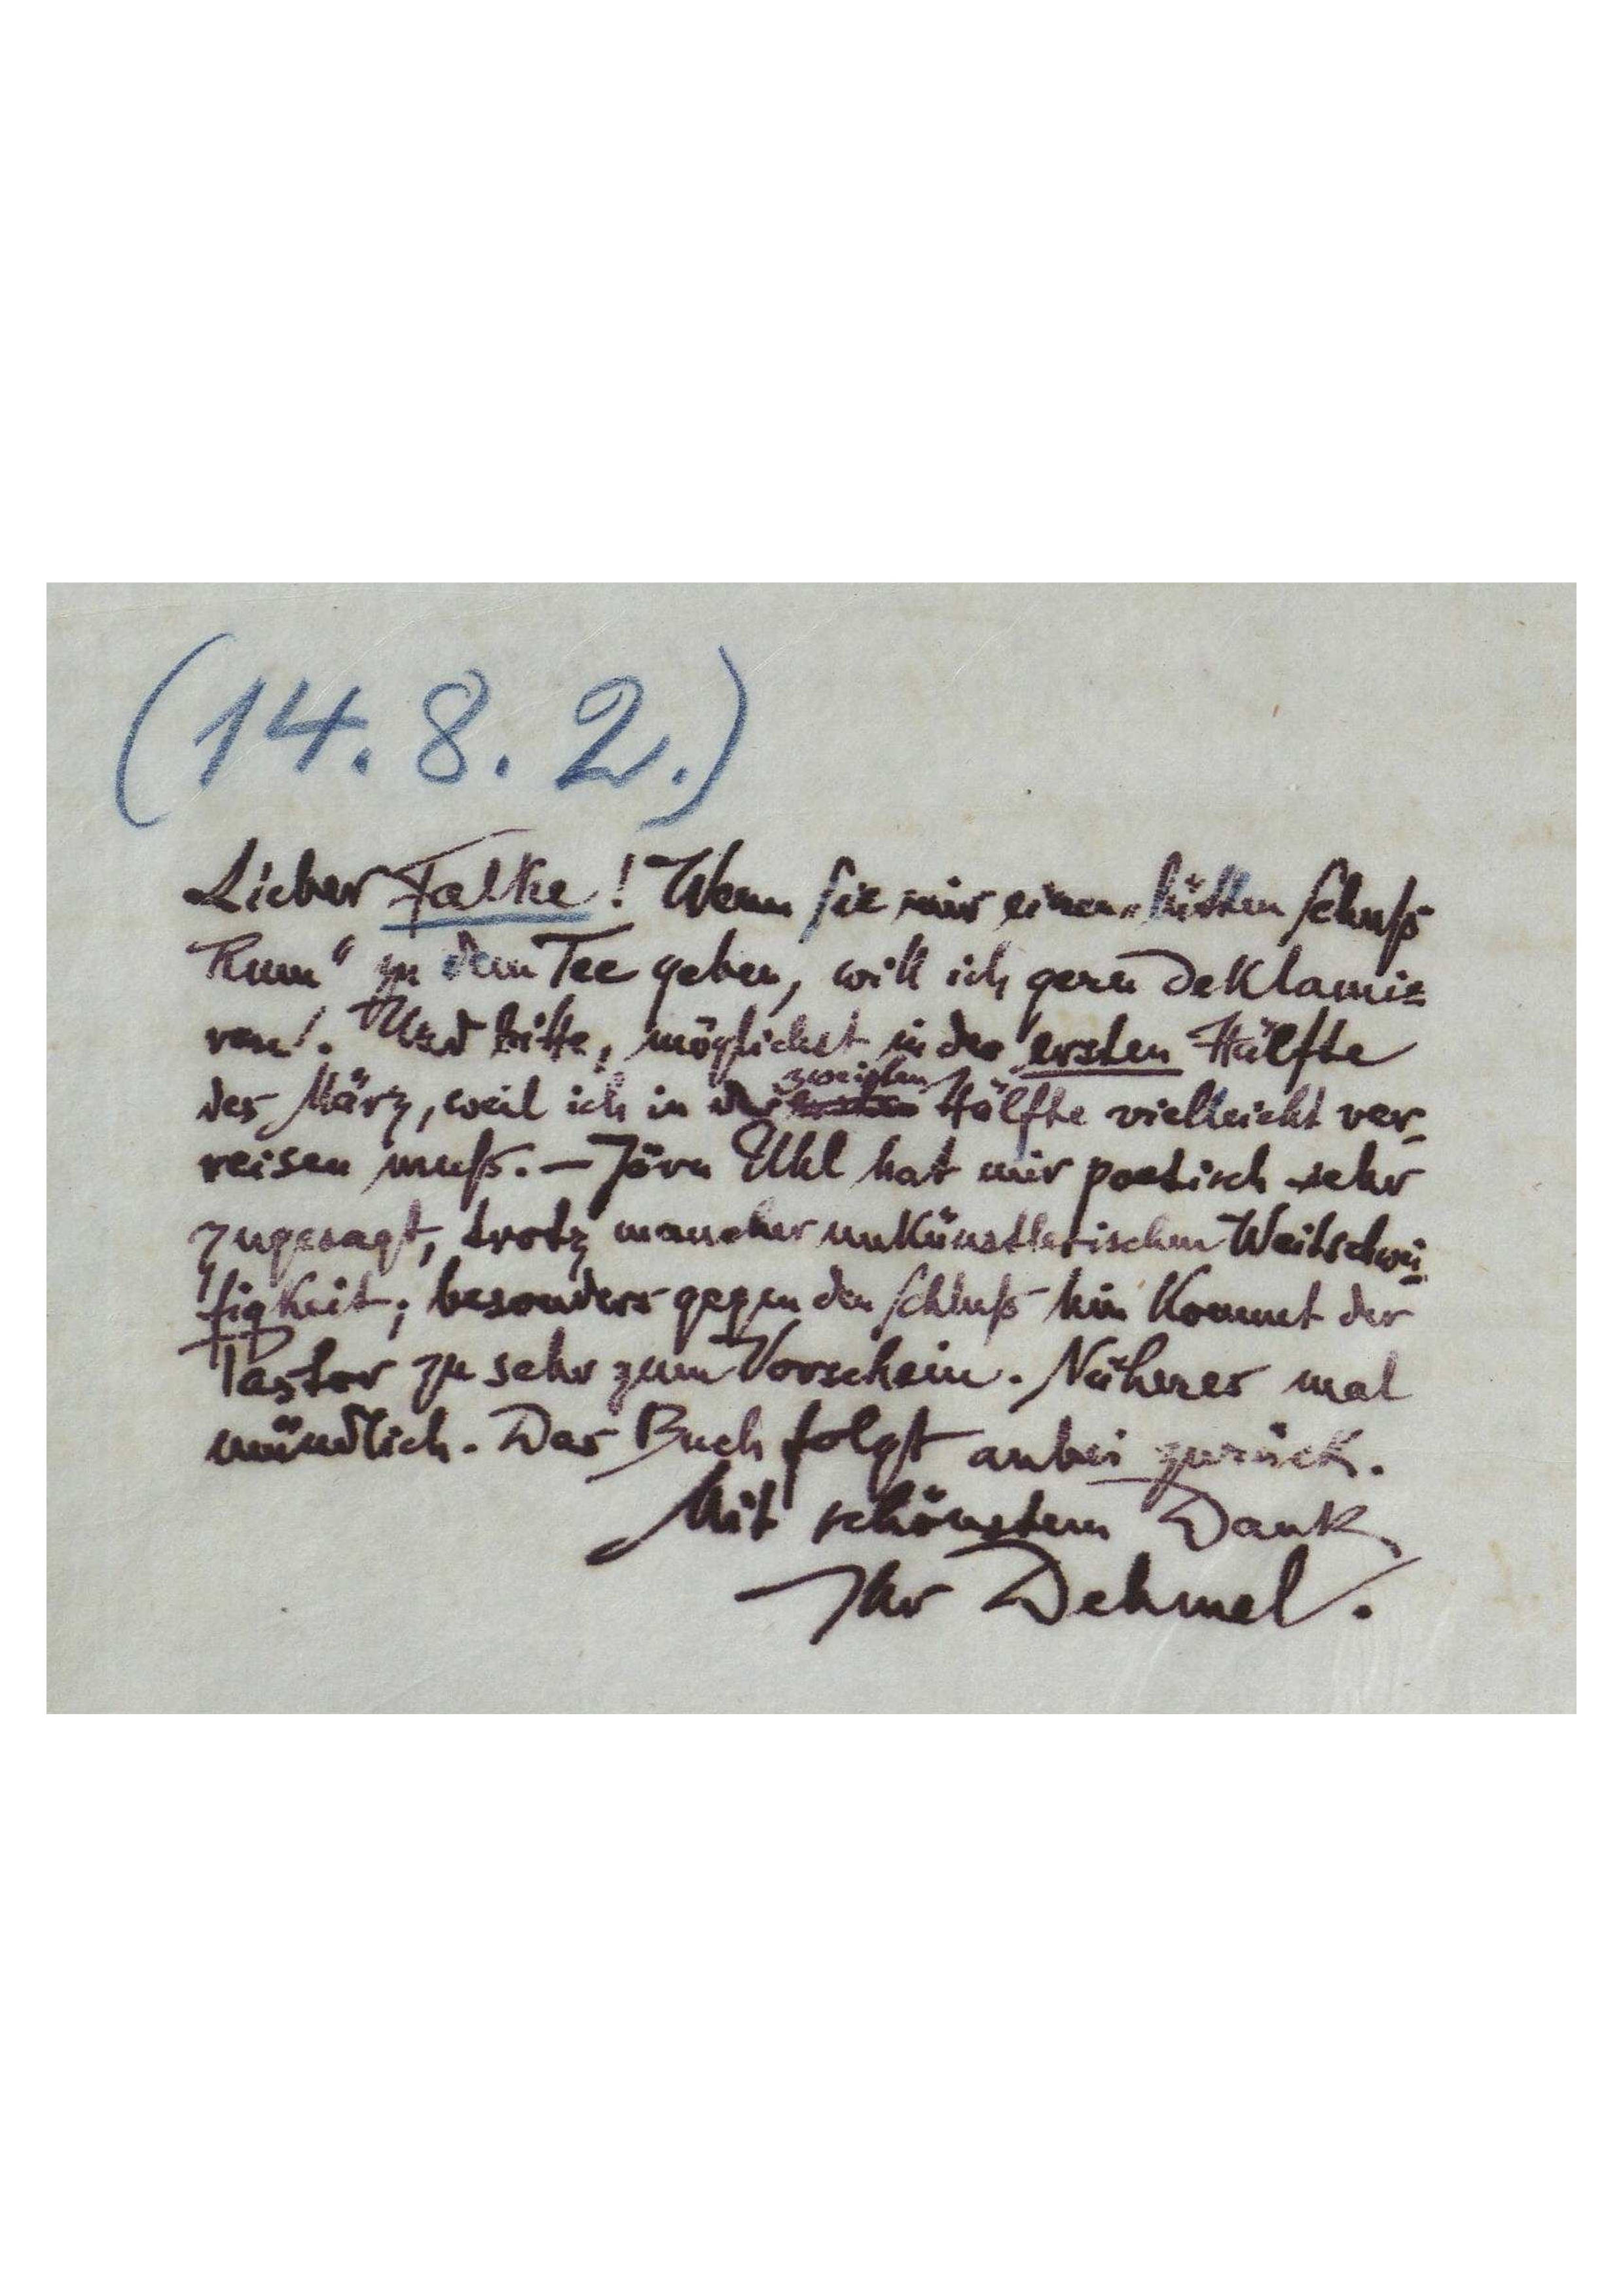
(14.8.2.)
Lieber Falke! Wenn Sie mir "lütten Schuß
Rum" zu dem Tee geben, will ich gern deklamie-
ren. Und bitte, möglichst in der ersten Hälfte
des März, weil ich in der ersten zweiten Hälfte vielleicht ver-
reisen muß. - Jörn Uhl hat mir poetisch sehr
zugesagt, trotz mancher unkünstlerischen Weitschwei-
figkeit; besonders gegen den Schluß hin kommt der
Pastor zu sehr zum Vorschein. Näherer mal
mündlich. Das Buch folgt anbei zurück.
Mit schönstem Dank
Ihr Dehmel.